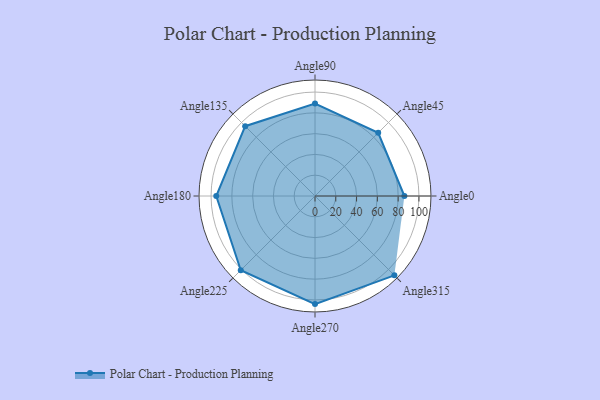
{"axis": {"x": "Angle", "y": "Radius"}, "legend": [""], "data": [{"x": "Angle0", "y": 86.0, "type": ""}, {"x": "Angle45", "y": 86.0, "type": ""}, {"x": "Angle90", "y": 89.0, "type": ""}, {"x": "Angle135", "y": 95.0, "type": ""}, {"x": "Angle180", "y": 95.0, "type": ""}, {"x": "Angle225", "y": 101.0, "type": ""}, {"x": "Angle270", "y": 104.0, "type": ""}, {"x": "Angle315", "y": 108.0, "type": ""}]}